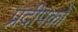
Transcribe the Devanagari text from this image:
प्रदीपकों